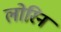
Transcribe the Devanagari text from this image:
लोरिन